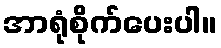
အာရုံစိုက်ပေးပါ။